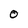
Character: O